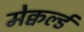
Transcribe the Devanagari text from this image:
मेक्वर्ल्ड